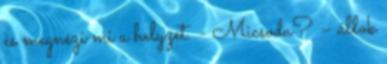
és megnézi mi a helyzet. - Micsoda? – állok